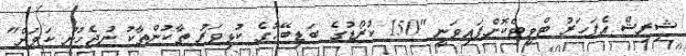
ޝިރިޝް އެފަހަރު ޓްވީޓްކޮށްފައިވަނީ "150 ކުރޯޑުގެ ބަޑިބޭހުގެ ކުޅިވަރު ތާކުންތާކު ނުޖެހުނު ކަމަށް"